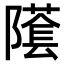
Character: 𨼲